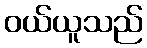
ဝယ်ယူသည်